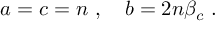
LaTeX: a = c = n ~ , \quad b = 2 n \beta _ { c } ~ .